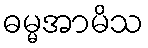
ဓမ္မအာမိသ